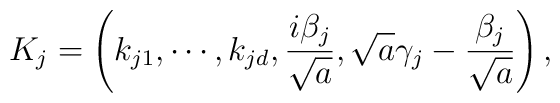
K_{j}=\left( k_{j1},\cdots ,k_{jd},\frac{i\beta _{j}}{\sqrt{a}},\sqrt{a}\gamma _{j}-\frac{\beta _{j}}{\sqrt{a}}\right),